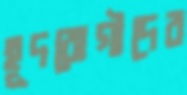
হূদরোগীদের